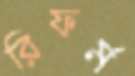
রিফর্ম